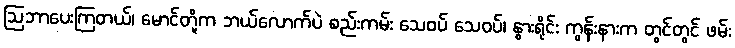
ဩဘာပေးကြတယ်၊ မောင်တို့က ဘယ်လောက်ပဲ စည်းကမ်း သေဝပ် သေဝပ်၊ နွားရိုင်း ကွန်းနားက တွင်တွင် ဖမ်း